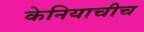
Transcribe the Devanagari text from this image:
केनियाचीच